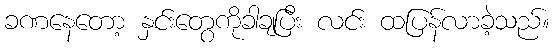
ခဏနေတော့ နှင်းတွေကိုခါချပြီး လင်း ထပြန်လာခဲ့သည်။